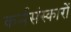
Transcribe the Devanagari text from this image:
कर्मसंस्कारों